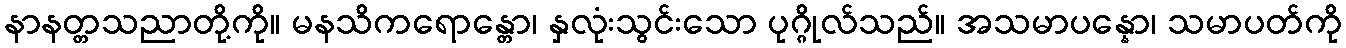
နာနတ္တသညာတို့ကို။ မနသိကရောန္တော၊ နှလုံးသွင်းသော ပုဂ္ဂိုလ်သည်။ အသမာပန္နော၊ သမာပတ်ကို